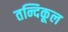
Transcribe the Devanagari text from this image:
तन्दिकूल